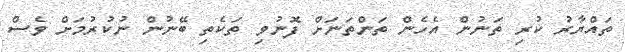
ތައްޔާރު ކުރި ތަނުން އެހެން ތަންތަނަށް ފޮނުވި ތަކެތި ބޭނުން ނުކުރުމަށް ވެސް